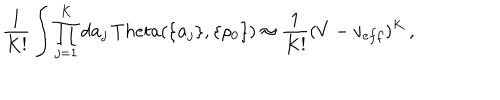
LaTeX: \frac { 1 } { K ! } \int \prod _ { j = 1 } ^ { K } d { \bf a } _ { j } \, T h e t a ( \{ { \bf a } _ { j } \} , \{ \rho _ { 0 } \} ) \approx \frac { 1 } { K ! } ( V - v _ { e f f } ) ^ { K } \, ,